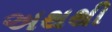
અથથી